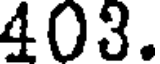
403.